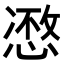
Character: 𢞾